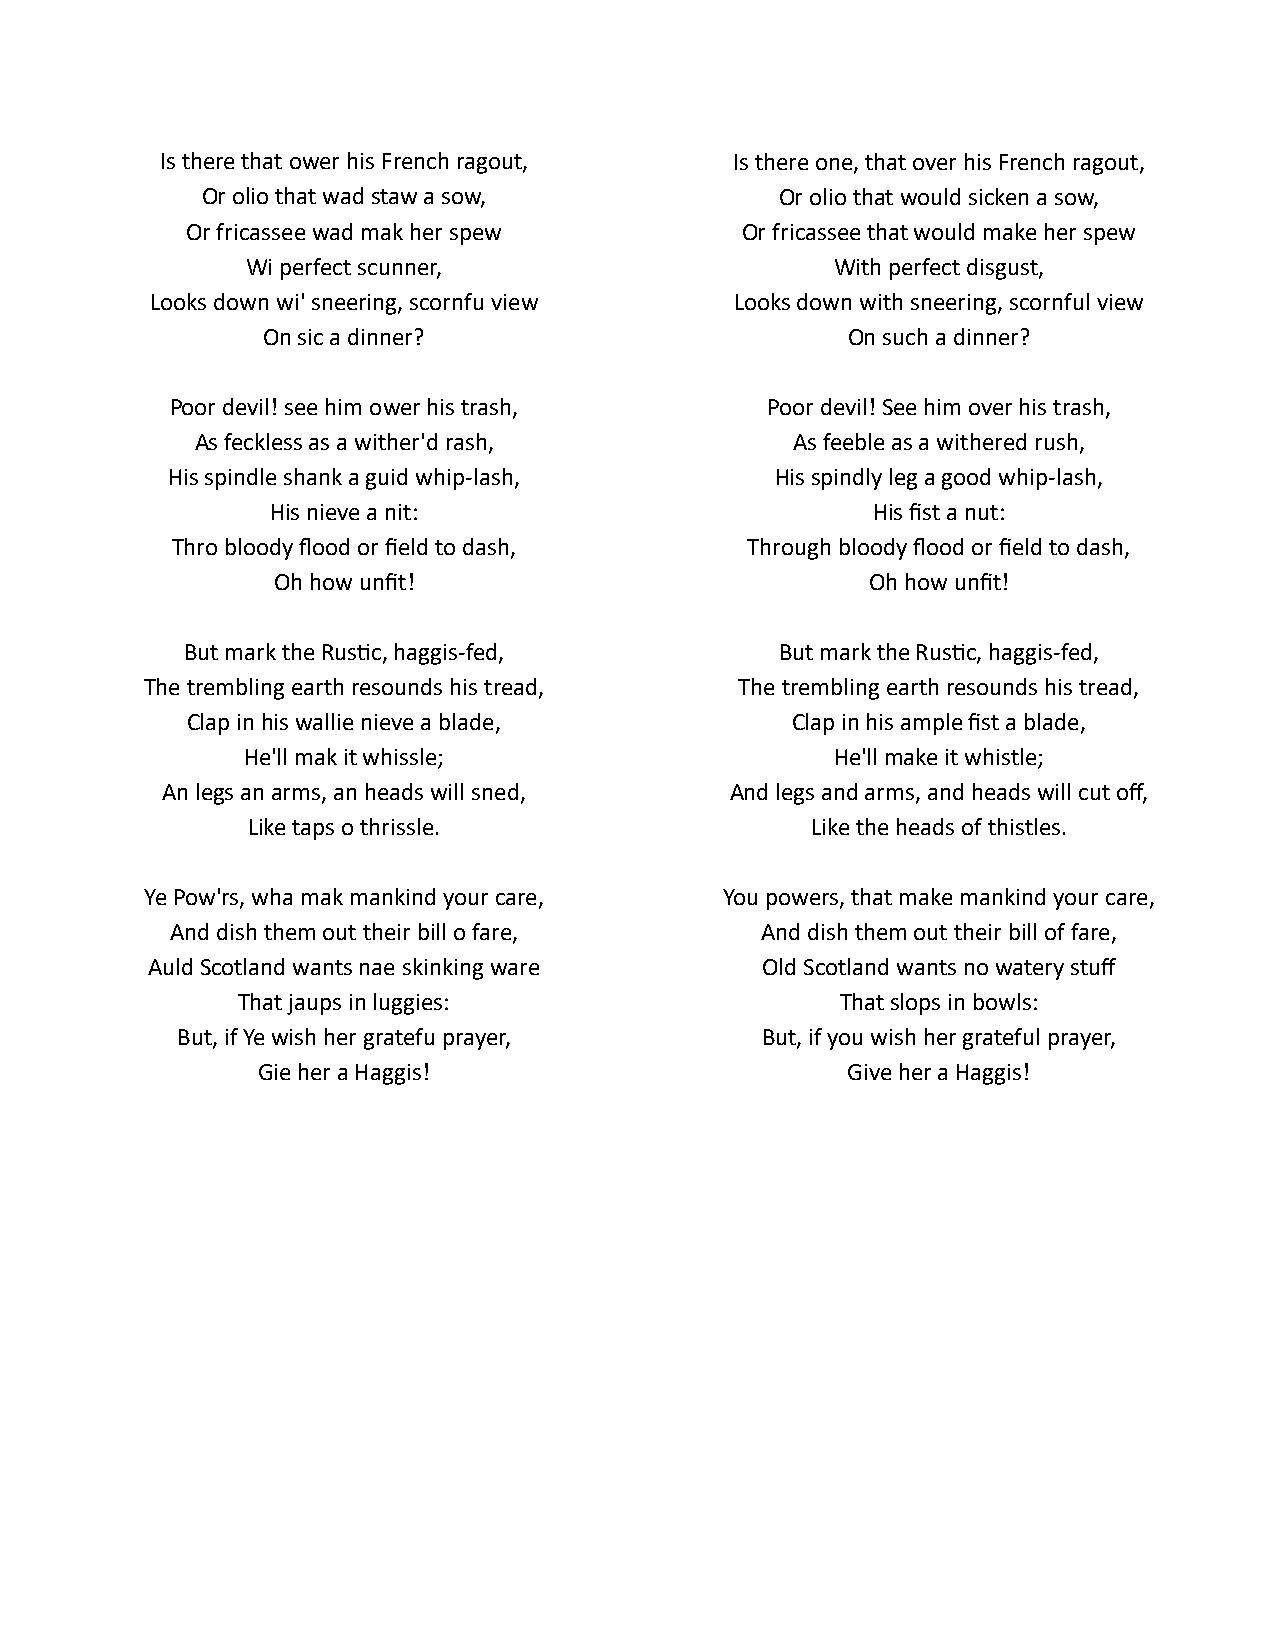
Is there that ower his French ragout, Is there one, that over his French ragout,
 Or olio that wad staw a sow,           Or olio that would sicken a sow,
 Or fricassee wad mak her spew        Or fricassee that would make her spew
 Wi perfect scunner,                    With perfect disgust,
 Looks down wi' sneering, scornfu view  Looks down with sneering, scornful view
 On sic a dinner?                       On such a dinner?
 Poor devil! see him ower his trash,     Poor devil! See him over his trash,
 As feckless as a wither'd rash,         As feeble as a withered rush,
 His spindle shank a guid whip-lash,     His spindly leg a good whip-lash,
 His nieve a nit:                        His fist a nut:
 Thro bloody flood or field to dash,   Through bloody flood or field to dash,
 Oh how unfit!                           Oh how unfit!
 But mark the Rustic, haggis-fed,        But mark the Rustic, haggis-fed,
 The trembling earth resounds his tread, The trembling earth resounds his tread,
 Clap in his wallie nieve a blade,       Clap in his ample fist a blade,
 He'll mak it whissle;                  He'll make it whistle;
 An legs an arms, an heads will sned, And legs and arms, and heads will cut off,
 Like taps o thrissle.                 Like the heads of thistles.
 Ye Pow'rs, wha mak mankind your care, You powers, that make mankind your care,
 And dish them out their bill o fare,   And dish them out their bill of fare,
 Auld Scotland wants nae skinking ware   Old Scotland wants no watery stuff
 That jaups in luggies:                  That slops in bowls:
 But, if Ye wish her gratefu prayer,   But, if you wish her grateful prayer,
 Gie her a Haggis!                      Give her a Haggis!